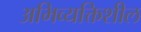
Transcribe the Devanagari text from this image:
अभिव्यक्तिशील